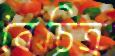
বৈচিত্র